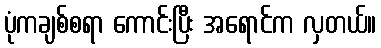
ပုံကချစ်စရာ ကောင်းပြီး အရောင်က လှတယ်။